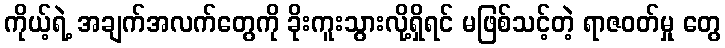
ကိုယ့်ရဲ့ အချက်အလက်တွေကို ခိုးကူးသွားလို့ရှိရင် မဖြစ်သင့်တဲ့ ရာဇဝတ်မှု တွေ